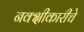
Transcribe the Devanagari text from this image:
नक्क्षीकारीचे